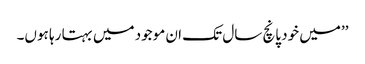
’’میں خود پانچ سال تک ان موجود میں بہتا رہا ہوں۔